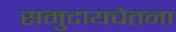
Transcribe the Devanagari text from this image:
समुदायचेतना